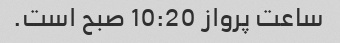
ساعت پرواز 10:20 صبح است.